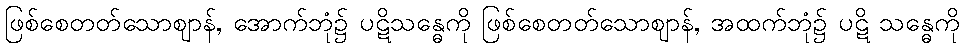
ဖြစ်စေတတ်သောဈာန်, အောက်ဘုံ၌ ပဋိသန္ဓေကို ဖြစ်စေတတ်သောဈာန်, အထက်ဘုံ၌ ပဋိ သန္ဓေကို